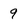
Character: 9